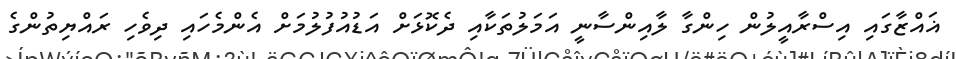
ޣައްޒާގައި އިސްރާއީލުން ހިންގާ ލާއިންސާނީ އަމަލުތަކާއި ދެކޮޅަށް އަޑުއުފުލުމަށް އެންމެހައި ދިވެހި ރައްޔިތުންގެ